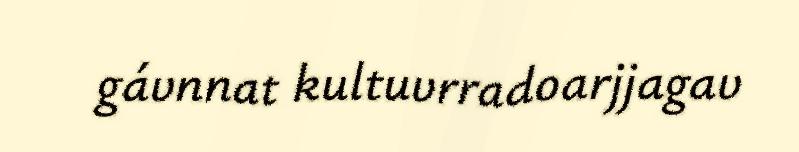
gávnnat kultuvrradoarjjagav